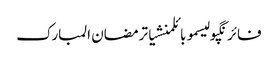
فائرنگپولیسموبائلمنشیاترمضان المبارک